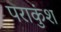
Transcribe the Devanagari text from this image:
पराकुंश